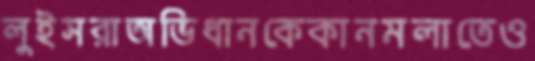
লুইসরাঅভিধানকেকানমলাতেও